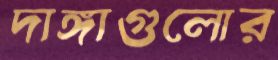
দাঙ্গাগুলোর